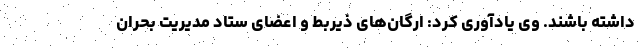
داشته باشند. وی یادآوری کرد: ارگان‌های ذیربط و اعضای ستاد مدیریت بحران